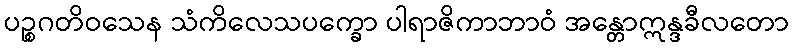
ပဉ္စဂတိဝသေန သံကိလေသပက္ခော ပါရာဇိကာဘာဝံ အန္တောဣန္ဒခီလတော